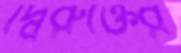
দ্বিরুক্তের